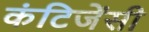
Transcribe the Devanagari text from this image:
कंटिजेंसी